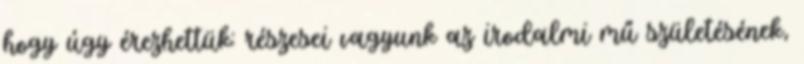
hogy úgy érezhettük: részesei vagyunk az irodalmi mű születésének,